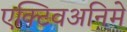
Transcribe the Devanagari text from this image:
एक्टिवअनिमे